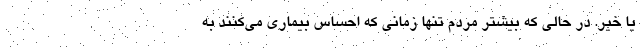
یا خیر. در حالی که بیشتر مردم تنها زمانی که احساس بیماری می‌کنند به